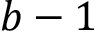
b - 1